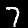
Label: 7